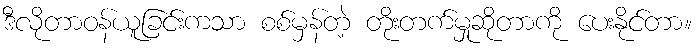
ဒီလိုတာဝန်ယူခြင်းကသာ စစ်မှန်တဲ့ တိုးတက်မှုဆိုတာကို ပေးနိုင်တာ။